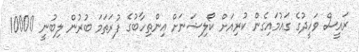
ރައީސް ވަހީދުގެ ގައުމައިގެން ކުރިއަށް ކޯލިޝަނަށް އިންތިހާބުގެ ފުރަތަމަ ބުރުން ލިބުނީ 10000